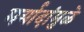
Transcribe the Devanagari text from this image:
मर्यादांमुळे